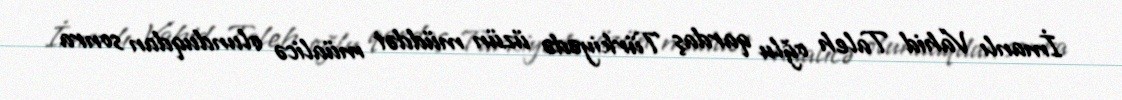
İmanlı Vahid Taleh oğlu qardaş Türkiyədə üzün müddət müalicə olunduqdan sonra